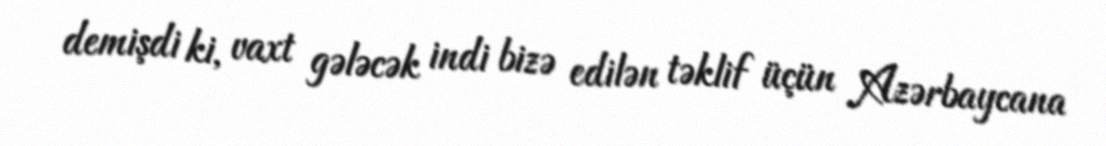
demişdi ki, vaxt gələcək indi bizə edilən təklif üçün Azərbaycana